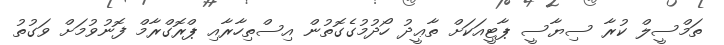
ތަމްސީލް ކުރާ ސިޔާސީ ޕާޓީއަކަށް ތާޢީދު ހޯދުމުގެގޮތުން އިސްތިހާރާއި ޕްރޮގްރާމް ފޮނުވުމަށް ވަގުތު